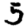
Digit: 5